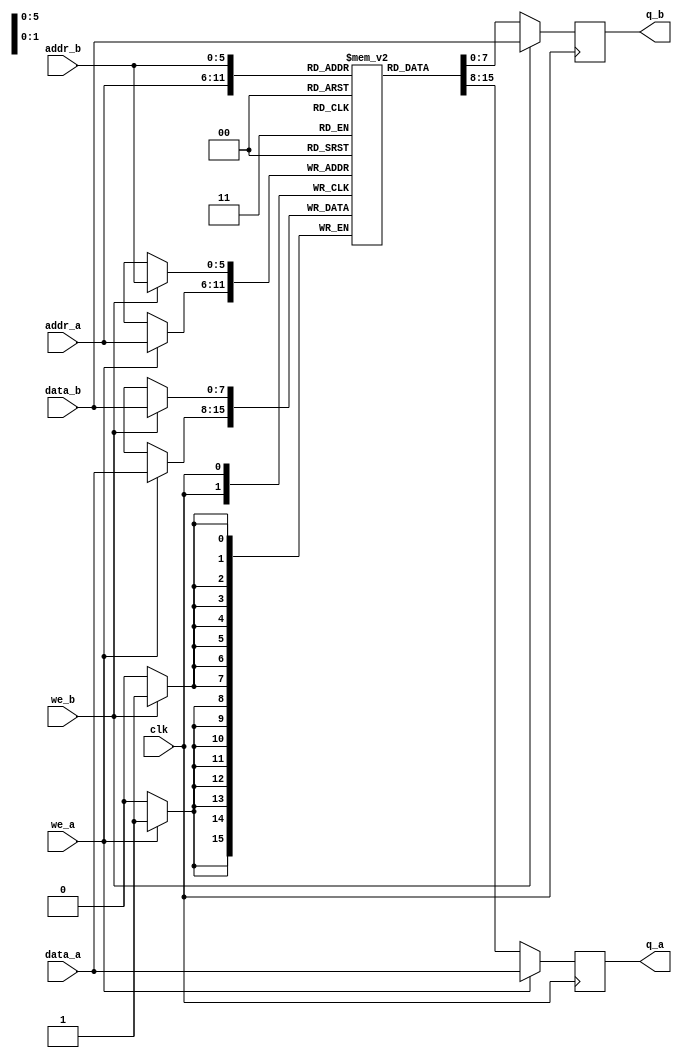
// Quartus II Verilog Template
// True Dual Port RAM with single clock
`timescale 1ns / 1ps

module dual_port_ram
#(parameter DATA_WIDTH=8, parameter ADDR_WIDTH=6, parameter CORE_NUMBER=0)
(
	input [(DATA_WIDTH-1):0] data_a, data_b,
	input [(ADDR_WIDTH-1):0] addr_a, addr_b,
	input we_a, we_b, clk,
	output  reg [(DATA_WIDTH-1):0] q_a, q_b
);







	// Declare the RAM variable
	reg [DATA_WIDTH-1:0] ram[2**ADDR_WIDTH-1:0];

	// Port A 
	always @ (posedge clk)
	begin
		if (we_a) 
		begin
			ram[addr_a] <= data_a;
			q_a <= data_a;
		end
		else 
		begin
			q_a <= ram[addr_a];
		end 
	end 

	// Port B 
	always @ (posedge clk)
	begin
		if (we_b) 
		begin
			ram[addr_b] <= data_b;
			q_b <= data_b;
		end
		else 
		begin
			q_b <= ram[addr_b];
		end 
	end






	
	
	
	
	//synthesis translate_off
	integer	i;
	initial begin
	
	for(i=0;i<2**ADDR_WIDTH;i=i+1)
		ram[i]=i+ (CORE_NUMBER << 25);
	end //initial
	
	
	//synthesis translate_on

endmodule



module fifo_ram 	#(
	parameter DATA_WIDTH	= 32,
	parameter ADDR_WIDTH	= 8
	)
	(
		input [DATA_WIDTH-1			:		0] 	wr_data,		
		input [ADDR_WIDTH-1			:		0]		wr_addr,
		input [ADDR_WIDTH-1			:		0]		rd_addr,
		input												wr_en,
		input												rd_en,
		input 											clk,
		output reg 	[DATA_WIDTH-1	:		0]		rd_data
	);	

	 
	
	reg [DATA_WIDTH-1:0] queue [2**ADDR_WIDTH-1:0] /* synthesis ramstyle = "no_rw_check , M9K" */;
	
	always @(posedge clk ) begin
		if (wr_en)
			queue[wr_addr] <= wr_data;
		if (rd_en)
			rd_data <=
				// synthesis translate_off
				#1
				// synthesis translate_on
				queue[rd_addr];
	end
	
	
endmodule